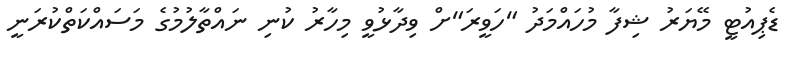
ޑެޕިއުޓީ މޭޔަރު ޝިފާ މުހައްމަދު "ހަވީރަ"ށް ވިދާޅުވީ މިހާރު ކުނި ނައްތާލުމުގެ މަސައްކަތްކުރަނީ